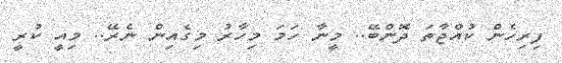
ފިރިހެން ކުއްޖާތަ ދޮންބޭ.. މީނާ ހަމަ މިހާރު މިގެއިން ނެރޭ.. މިއީ ކުރީ